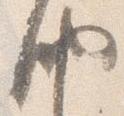
納